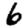
Digit: 6